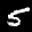
Label: 5